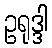
ဥရုဒ္ဒါ